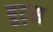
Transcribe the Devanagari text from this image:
बुट्स